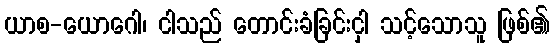
ယာစ-ယောဂေါ၊ ငါသည် တောင်းခံခြင်းငှါ သင့်သောသူ ဖြစ်၏